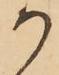
か